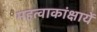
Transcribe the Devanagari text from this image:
महत्वाकांक्षायें